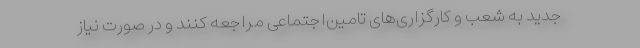
جدید به شعب و کارگزاری‌های تامین‌اجتماعی مراجعه کنند و در صورت نیاز